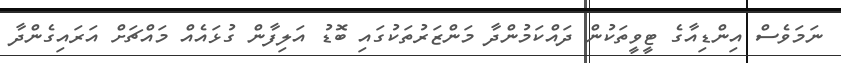
ނަމަވެސް އިންޑިއާގެ ޓީވީތަކުން ދައްކަމުންދާ މަންޒަރުތަކުގައި ބޮޑު އަލިފާން ގުޅައެއް މައްޗަށް އަރައިގެންދާ